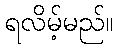
ရလိမ့်မည်။